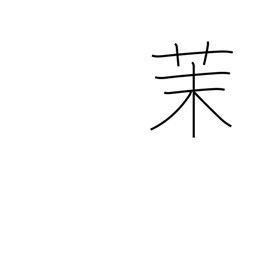
Meaning: jasmine